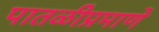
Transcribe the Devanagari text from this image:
पातळीप्रमाणे